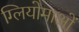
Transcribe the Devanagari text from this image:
ग्लियोमाओं